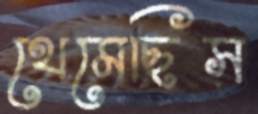
থেমেছিস